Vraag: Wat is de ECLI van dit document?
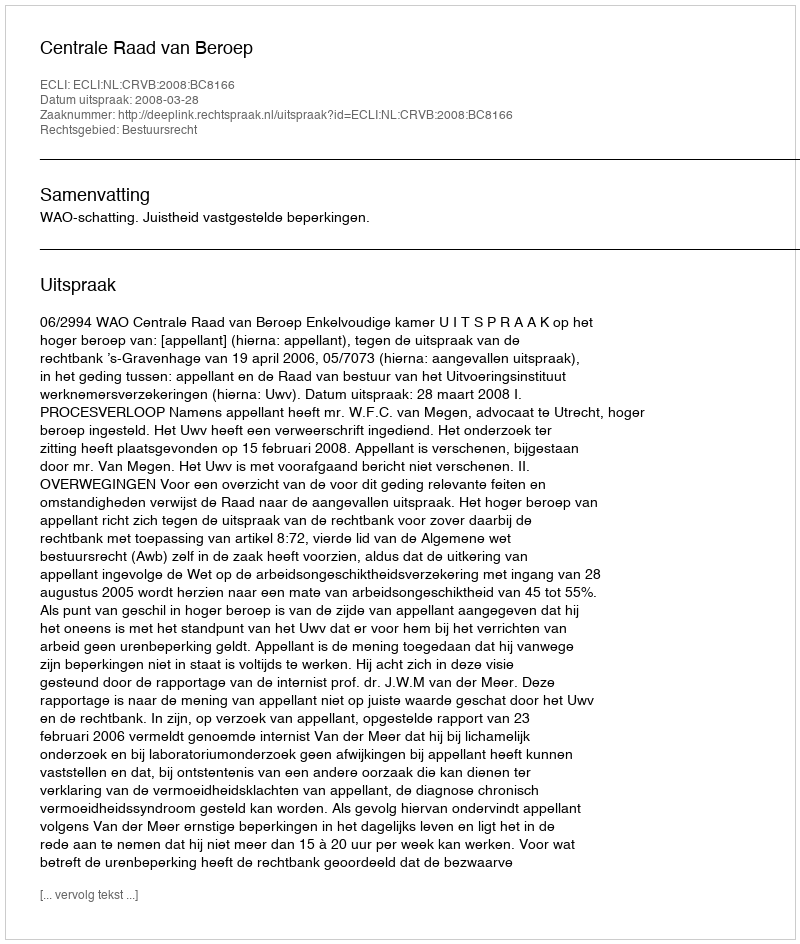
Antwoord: ECLI:NL:CRVB:2008:BC8166